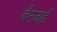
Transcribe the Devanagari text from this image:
बैन्ज़ाई